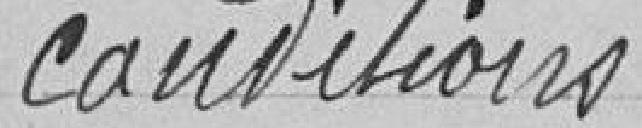
conditions